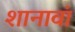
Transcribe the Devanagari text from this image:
शानावां